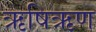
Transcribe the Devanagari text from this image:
ऋषिऋण